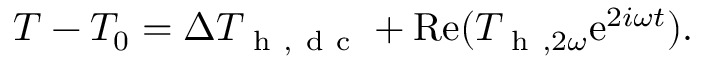
T - T _ { 0 } = \Delta T _ { \mathrm { ~ h ~ , ~ d ~ c ~ } } + \mathrm { R e } ( T _ { \mathrm { ~ h ~ } , 2 \omega } \mathrm { e } ^ { 2 i \omega t } ) { . }